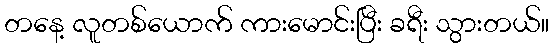
တနေ့ လူတစ်ယောက် ကားမောင်းပြီး ခရီး သွားတယ်။